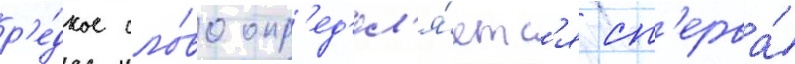
р'е́дкое сло́во опр'ед'ел'я́етс'я сп'ерва́